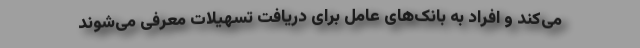
می‌کند و افراد به بانک‌های عامل برای دریافت تسهیلات معرفی می‌شوند